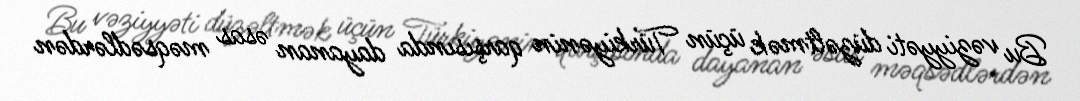
Bu vəziyyəti düzəltmək üçün Türkiyənin qarşısında dayanan əsas məqsədlərdən